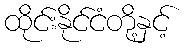
ထိုင်းနိုင်ငံတို့နှင့်